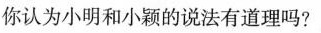
你认为小明和小颖的说法有道理吗?